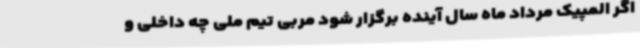
اگر المپیک مرداد ماه سال آینده برگزار شود مربی تیم ملی چه داخلی و